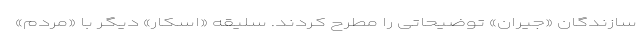
سازندگان «جیران» توضیحاتی را مطرح کردند. سلیقه «اسکار» دیگر با «مردم»